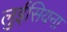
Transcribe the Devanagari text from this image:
लुईसियना